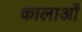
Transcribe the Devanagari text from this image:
कालाओं